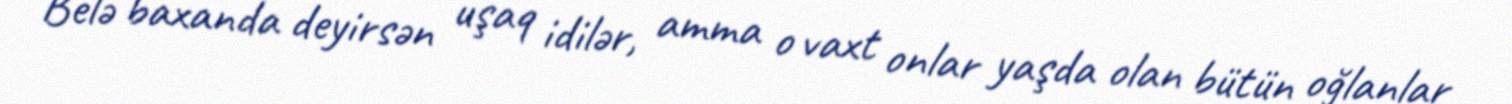
Belə baxanda deyirsən uşaq idilər, amma o vaxt onlar yaşda olan bütün oğlanlar